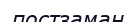
постзаман